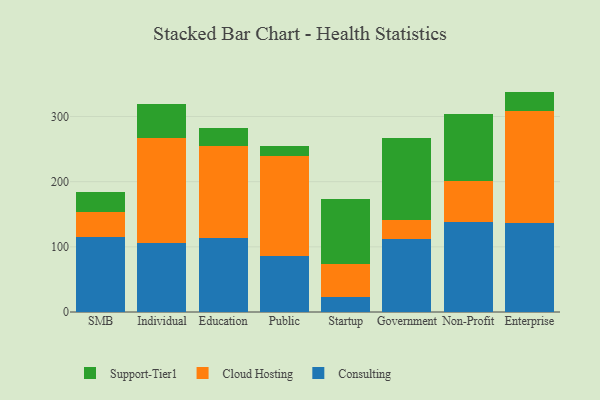
{"axis": {"x": "Segment", "y": "Operating Costs (USD K)"}, "legend": ["Cloud Hosting", "Consulting", "Support-Tier1"], "data": [{"x": "SMB", "y": 114.8, "type": "Consulting"}, {"x": "SMB", "y": 38.5, "type": "Cloud Hosting"}, {"x": "SMB", "y": 31.0, "type": "Support-Tier1"}, {"x": "Individual", "y": 105.9, "type": "Consulting"}, {"x": "Individual", "y": 161.0, "type": "Cloud Hosting"}, {"x": "Individual", "y": 53.0, "type": "Support-Tier1"}, {"x": "Education", "y": 113.4, "type": "Consulting"}, {"x": "Education", "y": 140.9, "type": "Cloud Hosting"}, {"x": "Education", "y": 28.5, "type": "Support-Tier1"}, {"x": "Public", "y": 85.4, "type": "Consulting"}, {"x": "Public", "y": 154.2, "type": "Cloud Hosting"}, {"x": "Public", "y": 15.1, "type": "Support-Tier1"}, {"x": "Startup", "y": 23.0, "type": "Consulting"}, {"x": "Startup", "y": 49.9, "type": "Cloud Hosting"}, {"x": "Startup", "y": 100.8, "type": "Support-Tier1"}, {"x": "Government", "y": 112.6, "type": "Consulting"}, {"x": "Government", "y": 29.1, "type": "Cloud Hosting"}, {"x": "Government", "y": 124.8, "type": "Support-Tier1"}, {"x": "Non-Profit", "y": 137.4, "type": "Consulting"}, {"x": "Non-Profit", "y": 64.1, "type": "Cloud Hosting"}, {"x": "Non-Profit", "y": 102.2, "type": "Support-Tier1"}, {"x": "Enterprise", "y": 136.8, "type": "Consulting"}, {"x": "Enterprise", "y": 170.9, "type": "Cloud Hosting"}, {"x": "Enterprise", "y": 30.5, "type": "Support-Tier1"}]}